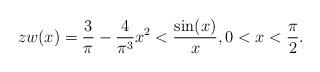
LaTeX: \begin{align*}zw(x)=\frac{3}{\pi}-\frac{4}{\pi^3}x^2<\frac{\sin(x)}{x},0<x<\frac{\pi}{2}.\end{align*}